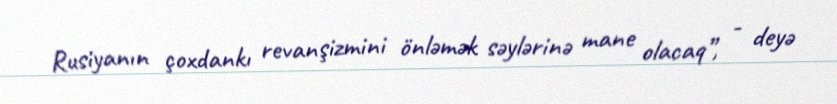
Rusiyanın çoxdankı revanşizmini önləmək səylərinə mane olacaq”, - deyə